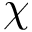
\chi